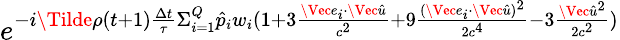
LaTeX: e^{-i\Tilde{\rho}(t+1)\frac{\Delta t}{\tau}\Sigma_{i=1}^{Q}\hat{p}_{i}w_{i}(1+3\frac{\Vec{e}_{i}\cdot\Vec{\hat{u}}}{c^{2}}+9\frac{(\Vec{e}_{i}\cdot\Vec{\hat{u}})^{2}}{2c^{4}}-3\frac{\Vec{\hat{u}}^{2}}{2c^{2}})}